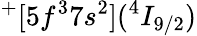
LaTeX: ^+[5f^{3}7s^{2}](^{4}I_{9/2})